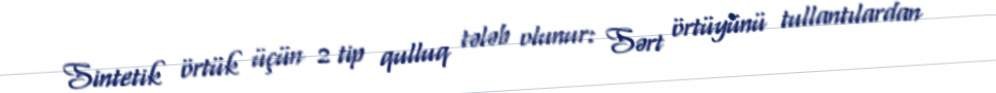
Sintetik örtük üçün 2 tip qulluq tələb olunur: Sərt örtüyünü tullantılardan